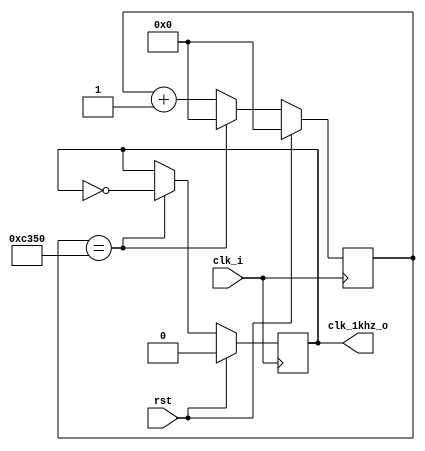
`timescale 1ns / 1ps
//////////////////////////////////////////////////////////////////////////////////
// Company: 
// Engineer: 
// 
// Design Name: 
// Module Name: clk_1khz
// Project Name: 
// Target Devices: 
// Tool Versions: 
// Description: 
// 
// Dependencies: 
// 
// Revision:
// Revision 0.01 - File Created
// Additional Comments:
// 
//////////////////////////////////////////////////////////////////////////////////


module clk_1khz(
    input   wire    clk_i, 
    input   wire    rst,   
    output  reg     clk_1khz_o
    );
    
    // ip10mhz25mhz
    // 2ms
    
    reg [26:0] cnt = 'b1;      
    //25MHz -> 1khz  
    always @(posedge clk_i) begin
        if(rst) begin
            cnt         <=  27'd0;
            clk_1khz_o  <=  'd0;
        end else begin
//            if(cnt == 'd25000) begin
            if(cnt == 'd50000) begin
                clk_1khz_o  <=  ~clk_1khz_o;
                cnt         <=  'd0;
            end else begin
                cnt         <=  cnt + 'd1;
            end
        end    
    end
endmodule